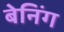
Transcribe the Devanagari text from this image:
बेनिंग